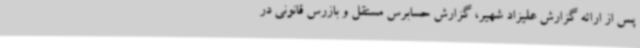
پس از ارائه گزارش علیزاد شهیر، گزارش حسابرس مستقل و بازرس قانونی در